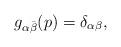
LaTeX: \begin{align*} g_{\alpha \bar \beta} (p) =\delta_{\alpha \beta },\end{align*}